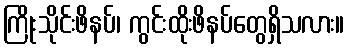
ကြိုးသိုင်းဖိနပ်၊ ကွင်းထိုးဖိနပ်တွေရှိသလား။